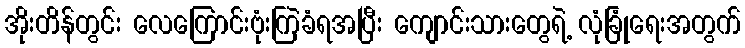
အိုးတိန်တွင်း လေကြောင်းဗုံးကြဲခံရအပြီး ကျောင်းသားတွေရဲ့ လုံခြုံရေးအတွက်